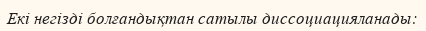
Екі негізді болғандықтан сатылы диссоциацияланады: